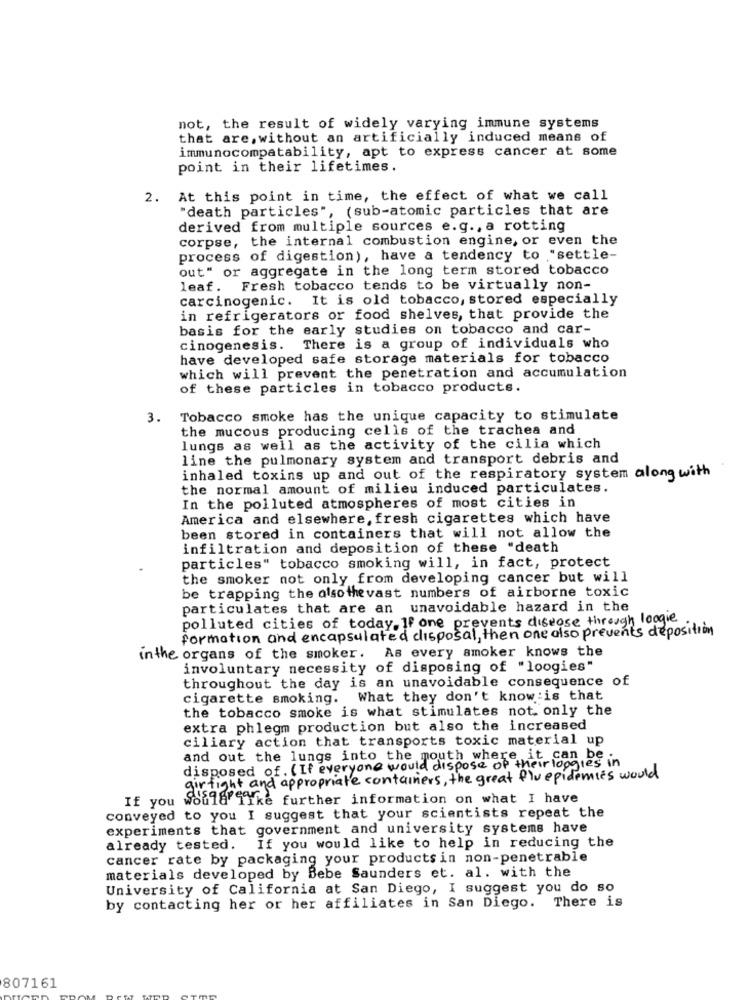
not, the result of widely varying immune systems
that are, without an artificially induced means of
immunocompatability, apt to express cancer at some
point in their lifetimes.
2.
At this point in time, the effect of what we call
"death particles", (sub-atomic particles that are
derived from multiple sources e.g ., a rotting
corpse, the internal combustion engine, or even the
process of digestion), have a tendency to "settle-
out" or aggregate in the long term stored tobacco
leaf. Fresh tobacco tends to be virtually non-
carcinogenic. It is old tobacco, stored especially
in refrigerators or food shelves, that provide the
basis for the early studies on tobacco and car-
cinogenesis. There is a group of individuals who
have developed safe storage materials for tobacco
which will prevent the penetration and accumulation
of these particles in tobacco products.
3. Tobacco smoke has the unique capacity to stimulate
the mucous producing cells of the trachea and
lungs as well as the activity of the cilia which
line the pulmonary system and transport debris and
inhaled toxins up and out of the respiratory system along with
the normal amount of milieu induced particulates.
In the polluted atmospheres of most cities in
America and elsewhere, fresh cigarettes which have
been stored in containers that will not allow the
infiltration and deposition of these "death
particles" tobacco smoking will, in fact, protect
the smoker not only from developing cancer but will
be trapping the alsothevast numbers of airborne toxic
particulates that are an unavoidable hazard in the
polluted cities of today. If one prevents disease through loogie
formation and encapsulated disposal, then one also prevents deposition
in the organs of the smoker. As every amoker knows the
involuntary necessity of disposing of "loogies"
throughout the day is an unavoidable consequence of
cigarette smoking. What they don't know :is that
the tobacco smoke is what stimulates not only the
extra phlegm production but also the increased
ciliary action that transports toxic material up
and out the lungs into the mouth where it ca
disposed of. ( If everyone would dispose of theirloggies in
gir light and appropriate containers, the great flu epidemies would
If you
Sofia'like further information on what I have
conveyed to you I suggest that your scientists repeat the
experiments that government and university systems have
already tested. If you would like to help in reducing the
cancer rate by packaging your products in non-penetrable
materials developed by Bebe Saunders et. al. with the
University of California at San Diego, I suggest you do so
by contacting her or her affiliates in San Diego. There is
807161